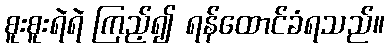
စူးစူးရဲရဲ ကြည့်၍ ရန်ထောင်ခံရသည်။